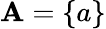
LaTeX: \mathbf{A}=\{ a\}